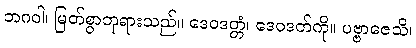
ဘဂဝါ၊ မြတ်စွာဘုရားသည်။ ဒေဝဒတ္တံ၊ ဒေဝဒတ်ကို။ ပဗ္ဗာဇေသိ၊